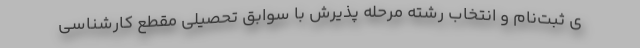
ی ثبت‌نام و انتخاب رشته مرحله پذیرش با سوابق تحصیلی مقطع کارشناسی